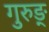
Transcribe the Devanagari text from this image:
गुरुङ्